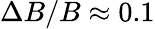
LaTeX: \Delta B/B\approx 0.1